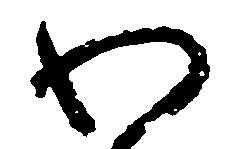
わ